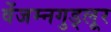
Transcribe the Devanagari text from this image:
वेंजम्नगुड्लूर